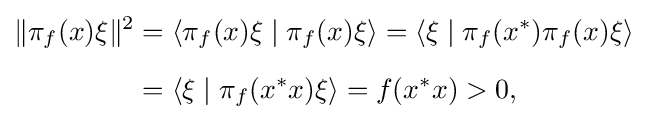
{\begin{aligned}\|\pi _{f}(x)\xi \|^{2}&=\langle \pi _{f}(x)\xi \mid \pi _{f}(x)\xi \rangle =\langle \xi \mid \pi _{f}(x^{*})\pi _{f}(x)\xi \rangle \\[6pt]&=\langle \xi \mid \pi _{f}(x^{*}x)\xi \rangle =f(x^{*}x)>0,\end{aligned}}